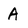
Character: A